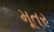
મૂતર